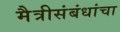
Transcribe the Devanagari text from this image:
मैत्रीसंबंधांचा